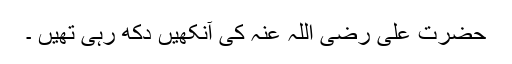
حضرت علی رضی اللہ عنہ کی آنکھیں دکھ رہی تھیں ۔